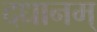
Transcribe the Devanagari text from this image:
दधानम्‌